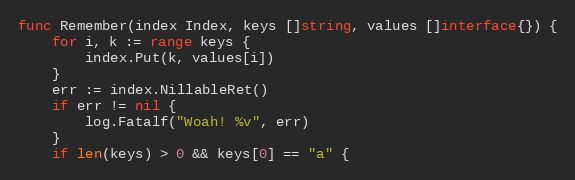
Language: Go
func Remember(index Index, keys []string, values []interface{}) {
	for i, k := range keys {
		index.Put(k, values[i])
	}
	err := index.NillableRet()
	if err != nil {
		log.Fatalf("Woah! %v", err)
	}
	if len(keys) > 0 && keys[0] == "a" {